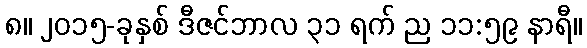
၈။ ၂၀၁၅-ခုနှစ် ဒီဇင်ဘာလ ၃၁ ရက် ည ၁၁:၅၉ နာရီ။